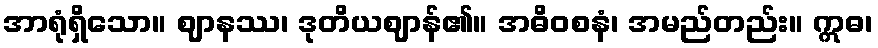
အာရုံရှိသော။ ဈာနဿ၊ ဒုတိယဈာန်၏။ အဓိဝစနံ၊ အမည်တည်း။ ဣဓ၊